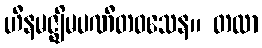
ဟီနမဇ္ဈိမပဏီတဝသေန။ တထာ